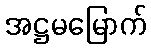
အဋ္ဌမမြောက်